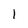
Character: 1